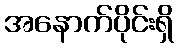
အနောက်ပိုင်းရှိ